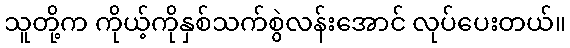
သူတို့က ကိုယ့်ကိုနှစ်သက်စွဲလန်းအောင် လုပ်ပေးတယ်။